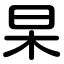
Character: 杲